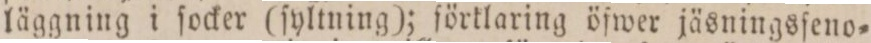
läggning i ſocker (ſyltning); förtlaring öfwer jäsningsſeno=